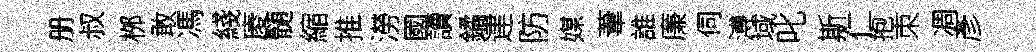
册叔桞敢馮綫庱髄縮推澇國讀鐍䢖防媒葦誰廉伺溥域叱斯仁抱朿凋彥